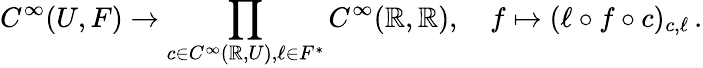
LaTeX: C^{\infty}(U,F)\to\prod_{c\in C^{\infty}(\mathbb{R},U),\ell\in F^{*}}C^{\infty}(\mathbb{R},\mathbb{R}),\quad f\mapsto(\ell\circ f\circ c)_{c,\ell}\, .